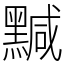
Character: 黬